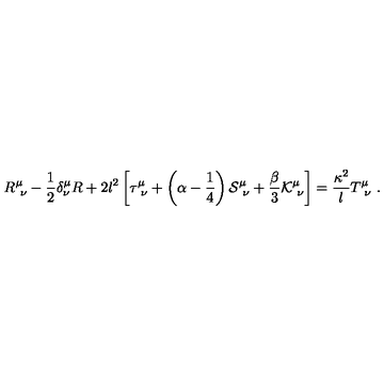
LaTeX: R _ { \ \nu } ^ { \mu } - { \frac { 1 } { 2 } } \delta _ { \nu } ^ { \mu } R + 2 l ^ { 2 } \left[ \tau _ { \ \nu } ^ { \mu } + \left( \alpha - { \frac { 1 } { 4 } } \right) { \cal S } _ { \ \nu } ^ { \mu } + { \frac { \beta } { 3 } } { \cal K } _ { \ \nu } ^ { \mu } \right] = { \frac { \kappa ^ { 2 } } { l } } T _ { \ \nu } ^ { \mu } \ .